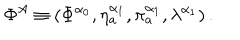
\Phi ^ { A } \equiv \left( \Phi ^ { \alpha _ { 0 } } , \eta _ { a } ^ { \alpha _ { 1 } } , \pi _ { a } ^ { \alpha _ { 1 } } , \lambda ^ { \alpha _ { 1 } } \right) .